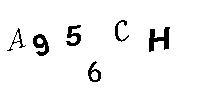
A956CH